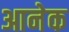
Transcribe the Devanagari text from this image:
आनेक